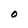
Character: O